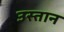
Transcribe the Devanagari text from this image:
उस्तान